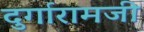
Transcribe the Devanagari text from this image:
दुर्गारामजी